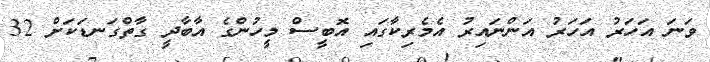
ވަނަ އަހަރު އަހަރު އަންނައިރު އެމެރިކާގައި އޮބީސް މީހުންގެ އާބާދީ ގާތްގަނޑަކަށް 32